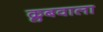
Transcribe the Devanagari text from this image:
क्लबवाला